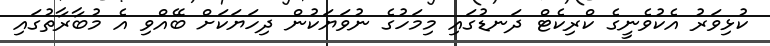
ކުޅިވަރު އެކުވެނީގެ ކްރިކެޓް ދަނޑުގައި މިމަހުގެ ނުވަޔަކުން ދިހަޔަކަށް ބޭއްވި އެ މުބާރާތުގައި